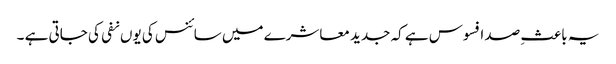
یہ باعثِ صد افسوس ہے کہ جدید معاشرے میں سائنس کی یوں نفی کی جاتی ہے ۔